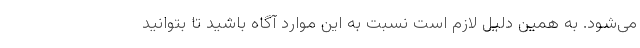
می‌شود. به همین دلیل لازم است نسبت به این موارد آگاه باشید تا بتوانید